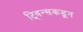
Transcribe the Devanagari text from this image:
ट्विन्सकडून